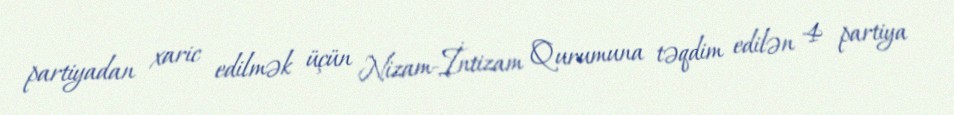
partiyadan xaric edilmək üçün Nizam-İntizam Qurumuna təqdim edilən 4 partiya